Source: Handwritten
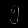
Digit: ၅ (5)